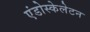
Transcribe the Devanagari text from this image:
एंडोस्केलेटन